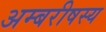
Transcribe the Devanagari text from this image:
अम्बरीषस्य